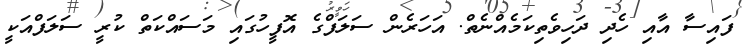
ފައިސާ އާއި ހެދި ދަހިވެތިކަމެއްނެތް. އަހަރެން ސަލަފްގެ އޮފީހުގައި މަސައްކަތް ކުރީ ސަލަފްއަކީ